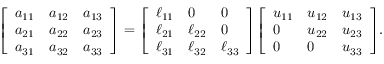
{ \left[ \begin{array} { l l l } { a _ { 1 1 } } & { a _ { 1 2 } } & { a _ { 1 3 } } \\ { a _ { 2 1 } } & { a _ { 2 2 } } & { a _ { 2 3 } } \\ { a _ { 3 1 } } & { a _ { 3 2 } } & { a _ { 3 3 } } \end{array} \right] } = { \left[ \begin{array} { l l l } { \ell _ { 1 1 } } & { 0 } & { 0 } \\ { \ell _ { 2 1 } } & { \ell _ { 2 2 } } & { 0 } \\ { \ell _ { 3 1 } } & { \ell _ { 3 2 } } & { \ell _ { 3 3 } } \end{array} \right] } { \left[ \begin{array} { l l l } { u _ { 1 1 } } & { u _ { 1 2 } } & { u _ { 1 3 } } \\ { 0 } & { u _ { 2 2 } } & { u _ { 2 3 } } \\ { 0 } & { 0 } & { u _ { 3 3 } } \end{array} \right] } .